Report on sanitation, dispensaries, and jails in Rajputana for 1920, and on vaccination for the year 1920-1921 - 1920-1921
Year: 1920
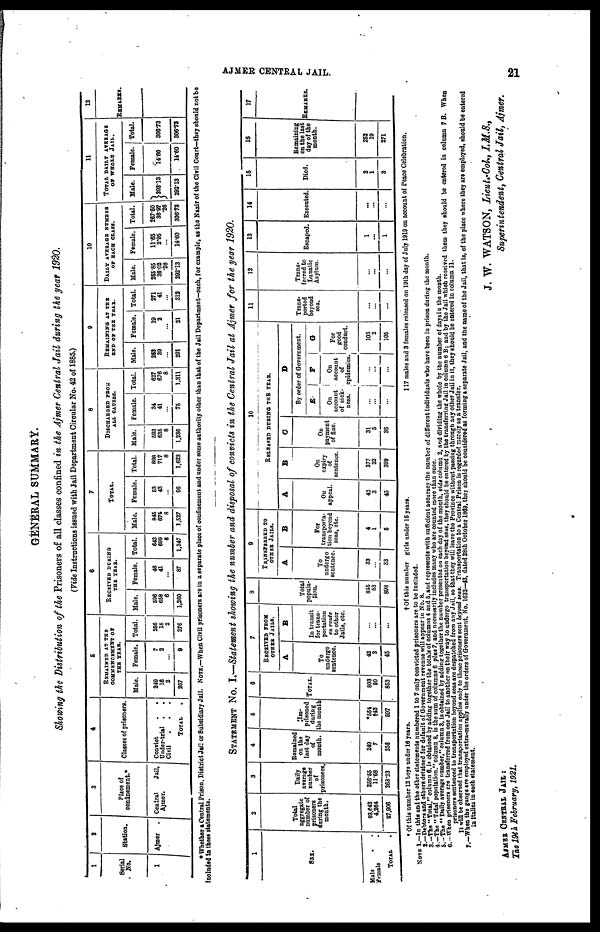
AJMER CENTEAL JAIL.
21
GENERAL SUMMARY.
Showing the Distribution of the Prisoners of all classes confined in the Ajmer Central Jail during the year 1920.
(Vide Instructions issued with Jail Department Circular No. 42 of 1885.)
1
Serial
No.
1
2
Station.
Ajmer
.
3
Place of
confinement.*
Central
Jail,
Ajmer.
4
Classes of prisoners.
Convict
.
.
Under-trial
.
.
Civil . . .
TOTAL .
5
REMAINED AT THE
COMMENCEMENT
OF
THE YEAR.
Male.
249
16
2
267
Female.
7
2
...
9
Total.
256
18
2
276
6
RECEIVED DURING
THE YEAR.
Male.
596
658
6
1,260
Female.
46
41
...
87
Total.
642
699
6
1,347
7
TOTAL.
Male.
845
674
8
1,527
Female.
53
43
...
96
Total.
898
717
8
1,623
8
DISCHARGED FROM
ALL CAUSES.
Male.
593
635
8
1,236
Female.
34
41
...
75
Total.
627
676
8
1,311
9
REMAINING AT THE
END OF THE YEAR.
Male.
252
39
...
291
Female.
19
2
...
21
Total.
271
41
...
312
10
DAILY AVERAGE NUMBER
OF EACH CLASS.
Male.
255.85
36.02
.26
292.13
Female.
11.65
2.95
...
14.60
Total.
267.50
38.07
.26
306.73
11
TOTAL DAILY AVERAGE
OF WHOLE JAIL.
Male.
292.13
292.13
Female.
14.60
14.60
Total.
306.73
306.73
12
REMARKS.
* Whether a Central Prison, District Jail or Subsidiary Jail. NOTE.—When Civil prisoners are in a separate place of confinement and under some authority other than that of the Jail Department—such, for example, as the Nazir of the Civil Court—they should not be
included in these statements.
STATEMENT No. I.—Statement showing the number and disposal of convicts in the Central Jail at Ajmer for the year 1920.
1
SEX.
Male . .
Female .
TOTAL .
2
Total
aggregate
number of
prisoners
during the
month.
93,642
4,264
97,906
3
Daily
average
number
of
prisoners.
256.55
11.68
268.23
4
Remained
on the
last day
of
month.
249
7
256
5
Im-
prisoned
during
the month
*554
†43
597
6
TOTAL.
803
50
853
7
RECEIVED FROM
OTHER JAILS.
A
To
undergo
sentence.
42
3
45
B
In transit
for trans-
portation
on route
to other
Jails, etc.
...
...
...
8
Total
popula-
tion.
845
53
898
9
TRANSFERRED TO
OTHER JAILS.
A
To
undergo
sentence.
33
...
33
B
For
transporta-
tion beyond
seas, etc.
4
1
5
10
RELEASED DURING THE
YEAR.
A
On
appeal.
42
3
45
B
On
expiry
of
sentence.
377
22
399
C
On
payment
of fine.
31
5
36
D
By order of Government.
E
On
account
of sick-
ness.
...
...
...
F
On
account
of
epidemics.
...
...
...
G
For
good
conduct.
103
2
105
11
Trans-
ported
beyond
sea.
...
...
...
12
Trans-
ferred to
Lunatic
Asylum.
...
...
...
13
Escaped.
1
...
1
14
Executed.
...
...
...
15
Died.
2
1
3
16
Remaining
on the last
day of the
month.
252
19
271
17
REMARKS.
* Of this number 12 boys under 16 years.
† Of this number girls under 16 years.
‡ 17 males and 3 females released on 19th day of July 1919 on account of Peace Celebration.
NOTE 1.—In this and the other statements numbered 1 to 7 only convicted prisoners are to be included.
2.—Debtors and others detained for default of Government revenue will appear in No. 8.
3.—The "Total," column 6, is obtained by adding together the totals of columns 4 and 5, and represents with sufficient accuracy the number of different individuals who have been in prison during the month.
4.—The " Total population," column 8, is the sum of columns 6 plus 7, and necessarily includes many who are counted more than once.
5.—The " Daily average number," column 3, is obtained by adding together the number presented on each day of the month, vide column 2, and dividing the whole by the number of days in the month.
6.—When prisoners are transferred from one Jail to another on their way to undergo transportation beyond seas, they should be entered by the transferring Jail in column 6 B: and by the Jail which received them they should be entered in column 7 B. When
prisoners sentenced to transportation beyond seas are despatched from any Jail, so that they will leave the Province without passing through any other Jail in it, they should be entered in column 11.
It will be observed that transportation applies only to those prisoners sent beyond seas. Transportation to a Central Prison is regarded merely as a transfer.
7.—When the gangs are employed extra-murally under the orders of Government, No. 1632—43, dated 28th October 1869, they should be considered as forming a separate Jail, and the name of the Jail, that is, of the place where they are employed, should be entered
in italics in each statement.
AJMER CENTRAL JAIL:
The 19th February, 1921.
J. W. WATSON, Lieuts.-Col, I.M.S.,
Superintendent, Central Jail, Ajmer.